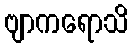
ဗျာကရောသိ